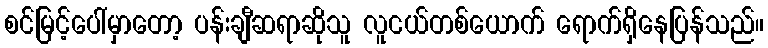
စင်မြင့်ပေါ်မှာတော့ ပန်းချီဆရာဆိုသူ လူငယ်တစ်ယောက် ရောက်ရှိနေပြန်သည်။